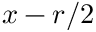
\boldsymbol { x } - \boldsymbol { r } / 2